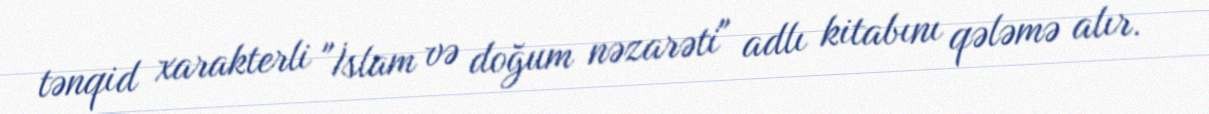
tənqid xarakterli "İslam və doğum nəzarəti" adlı kitabını qələmə alır.